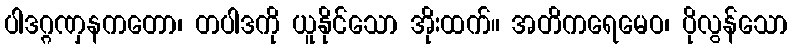
ပါဒဂ္ဂဏှနကတော၊ တပါဒကို ယူနိုင်သော အိုးထက်။ အတိကရေမေဝ၊ ပိုလွန်သော